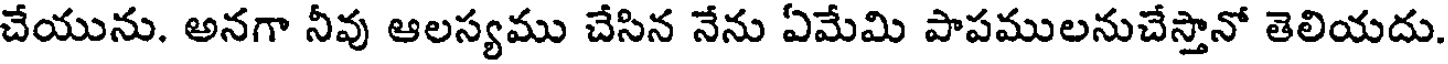
చేయును. అనగా నీవు ఆలస్యము చేసిన నేను ఏమేమి పాపములనుచేస్తానో తెలియదు